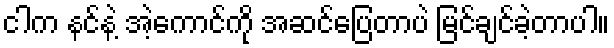
ငါက နင်နဲ့ အဲ့ကောင်ကို အဆင်ပြေတာပဲ မြင်ချင်ခဲ့တာပါ။